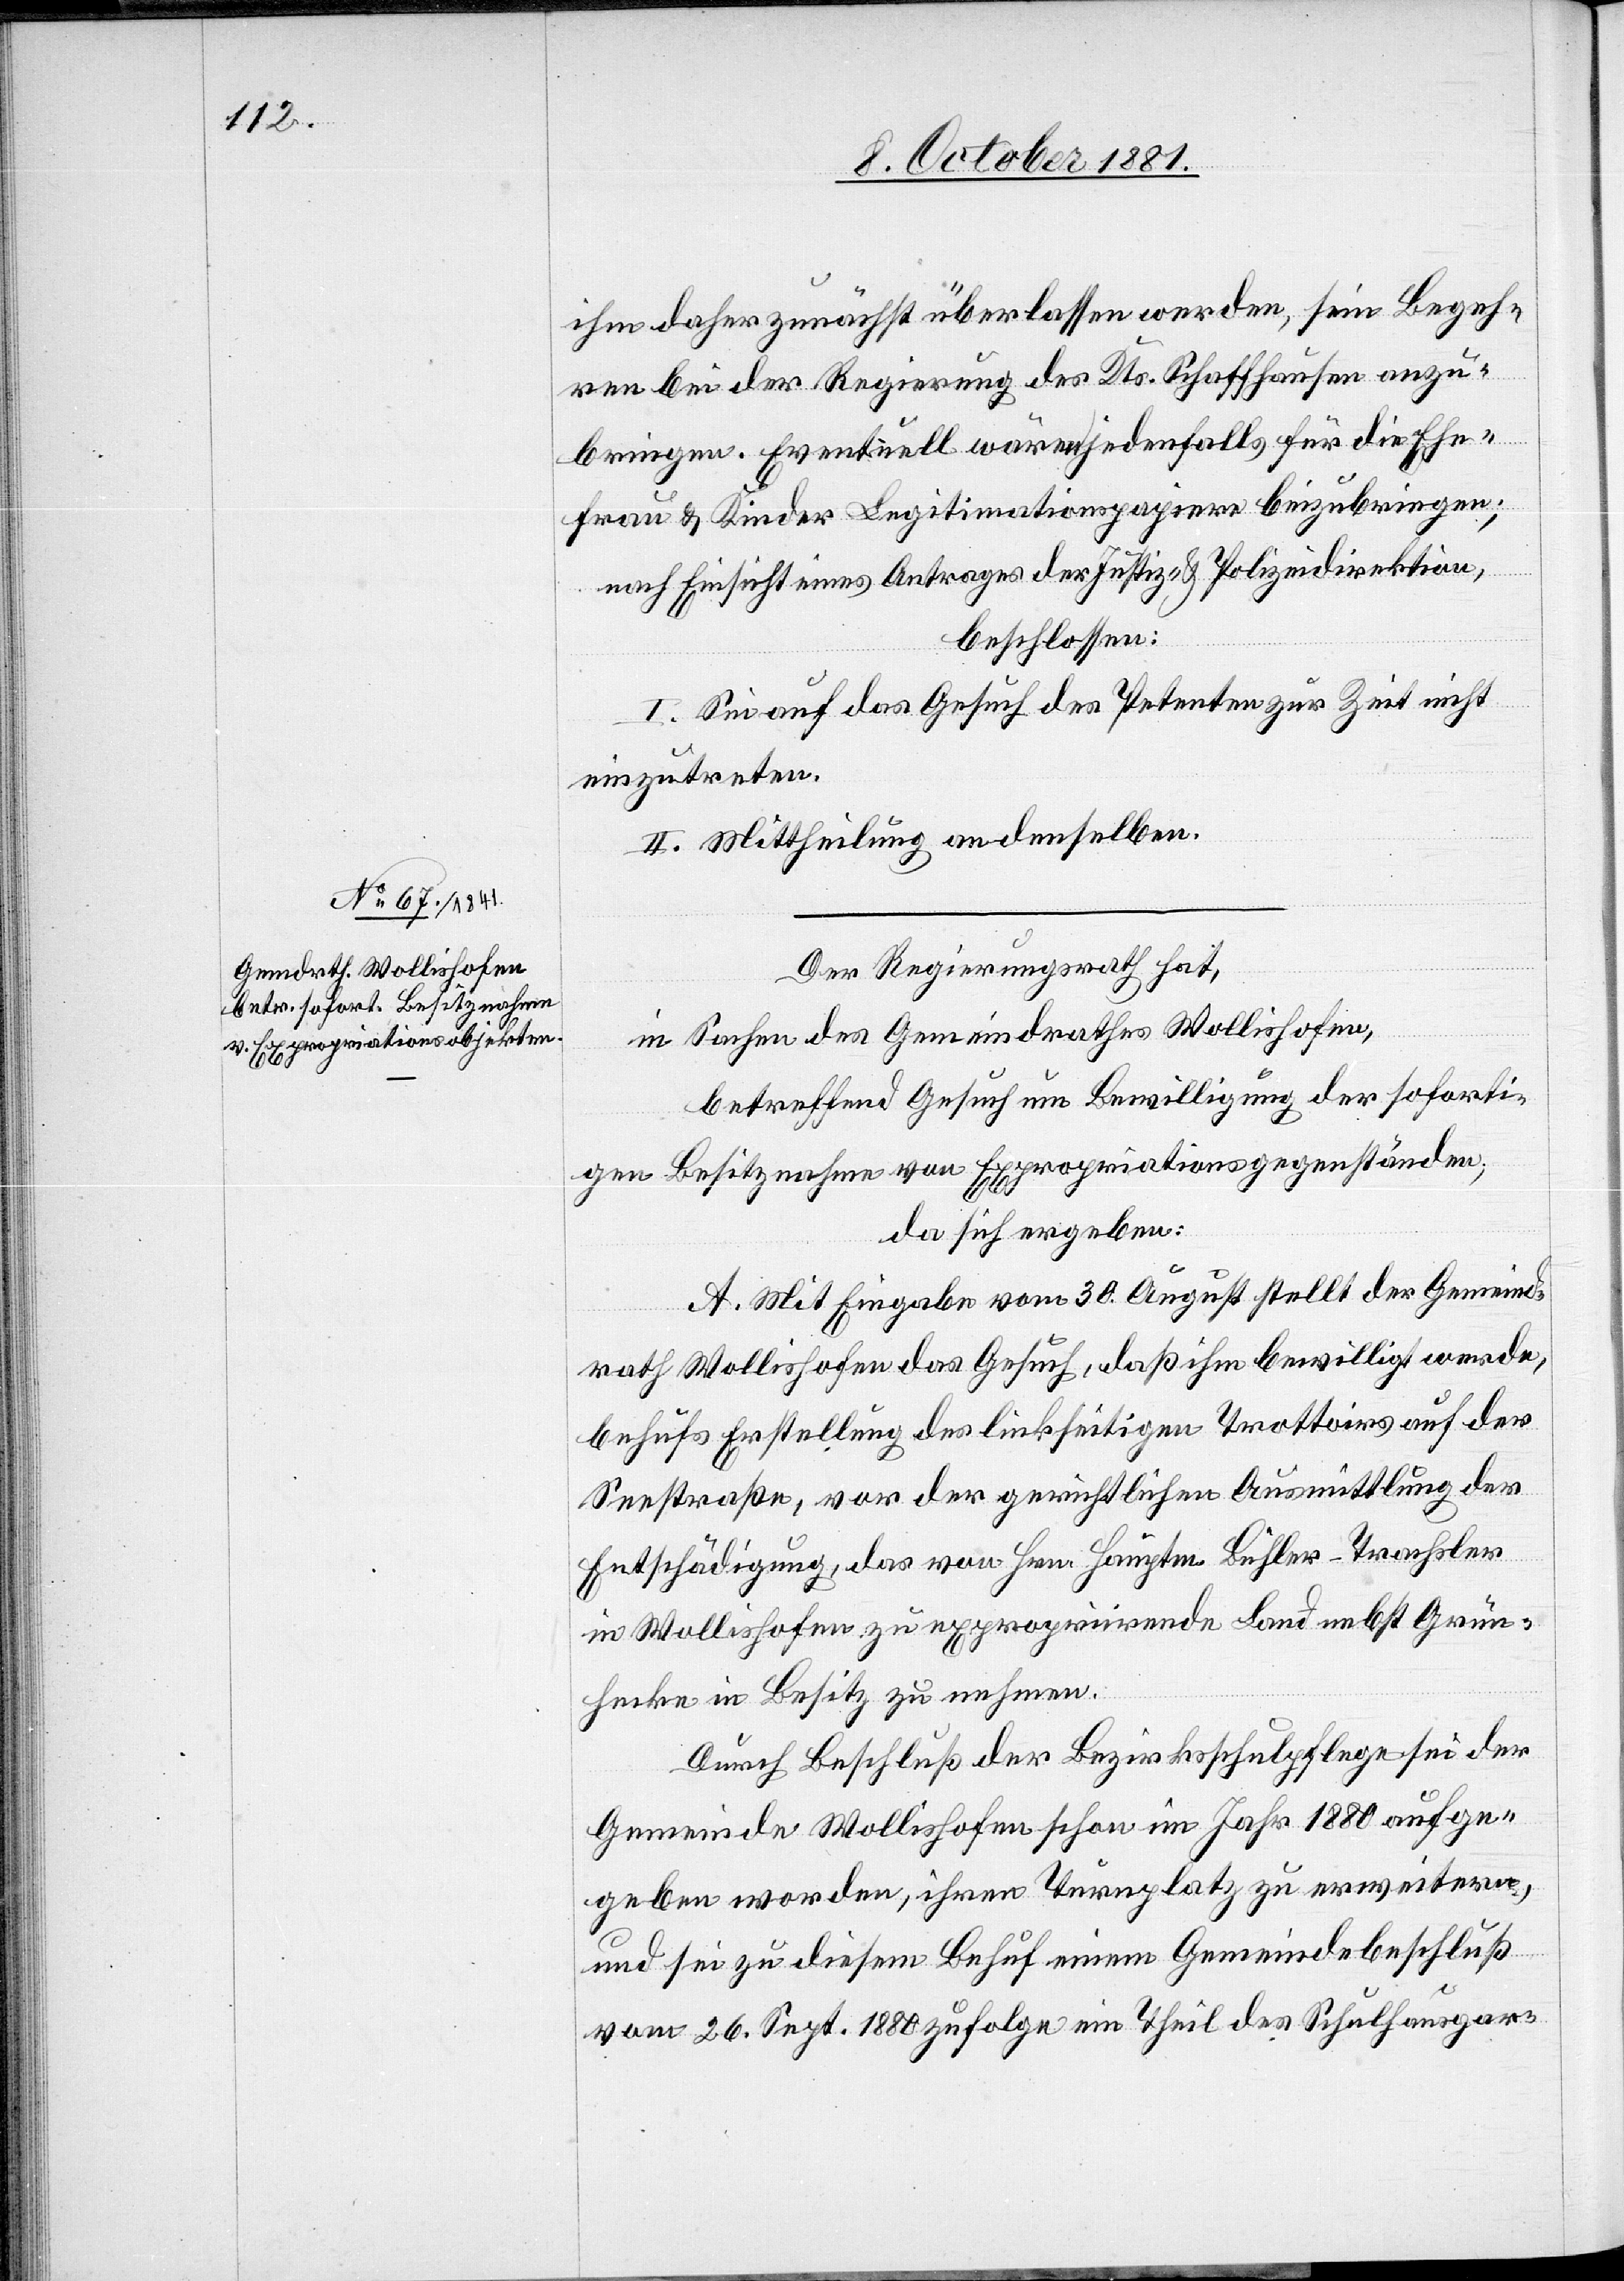
ihm daher zunächst überlasen werden, sein Begeh¬
ren bei der Regierung des Kts. Schaffhausen anzu¬
bringen. Eventuell wären jedenfalls für die Ehe¬
frau & Kinder Legitimationspapiere beizubringen;
nach Einsicht eines Antrages der Justiz- & Polizeidirektion,
beschlossen:
I. Sei auf das Gesuch des Petenten zur Zeit nicht
einzutreten.
II. Mittheilung an denselben.
Der Regierungsrath hat,
in Sachen des Gemeindrathes Wollishofen,
betreffend Gesuch um Bewilligung der soforti¬
gen Besitznahme von Expropriationsgegenständen,
da sich ergeben:
A. Mit Eingabe vom 30. August stellt der Gemeind¬
rath Wollishofen das Gesuch, daß ihm bewilligt werde,
behufs Erstellung des linkseitigen Trottoirs auf der
Seestraße, vor der gerichtlichen Ausmittlung der
Entschädigung, das von Hrn. Hauptm. Bühler-Trachsler
in Wollishofen zu expropriirende Land nebst Grün¬
hecke in Besitz zu nehmen.
Durch Beschluß der Bezirksschulpflege sei der
Gemeinde Wollishofen schon im Jahr 1880 aufge¬
geben worden, ihren Turnplatz zu erweitern,
und sei zu diesem Behuf einem Gemeindebeschluß
vom 26. Sept. 1880 zufolge ein Theil des Schulhausgar-